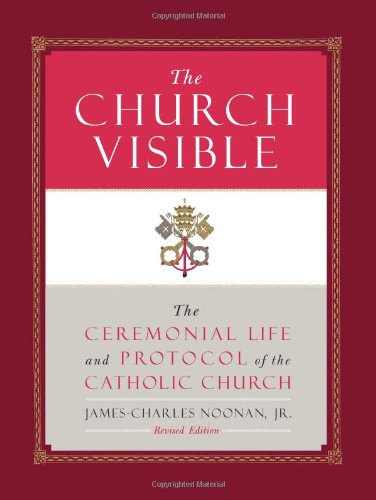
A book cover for The Church Visible: The Ceremonial Life and Protocol of the Roman Catholic Church; James-Charles Noonan Jr.; Christian Books & Bibles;